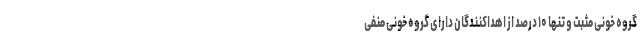
گروه خونی مثبت و تنها ۱۰ درصد از اهداکنندگان دارای گروه خونی منفی